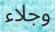
وجلاء